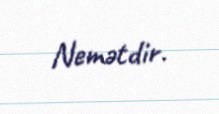
Nemətdir.